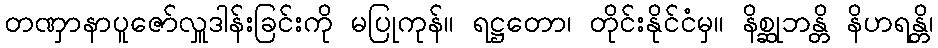
တဏှာနာပူဇော်လှူဒါန်းခြင်းကို မပြုကုန်။ ရဋ္ဌတော၊ တိုင်းနိုင်ငံမှ။ နိစ္ဆုဘန္တိ နိဟရန္တိ၊